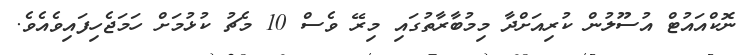
ނޮކްއައުޓް އުސޫލުން ކުރިއަށްދާ މިމުބާރާތުގައި މިރޭ ވެސް 10 މެޗު ކުޅުމަށް ހަމަޖެހިފައިވެއެވެ.